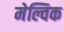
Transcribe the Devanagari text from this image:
मेल्विक